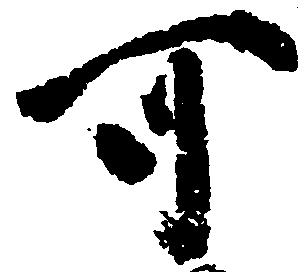
可